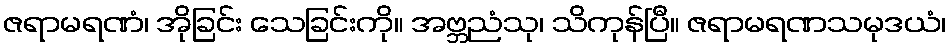
ဇရာမရဏံ၊ အိုခြင်း သေခြင်းကို။ အဗ္ဘညံသု၊ သိကုန်ပြီ။ ဇရာမရဏသမုဒယံ၊